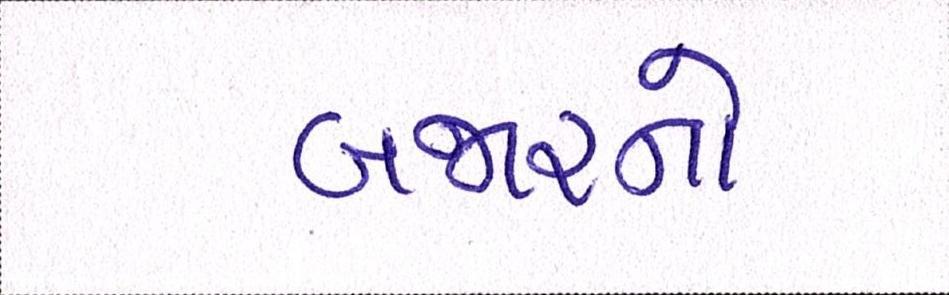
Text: બજારનો